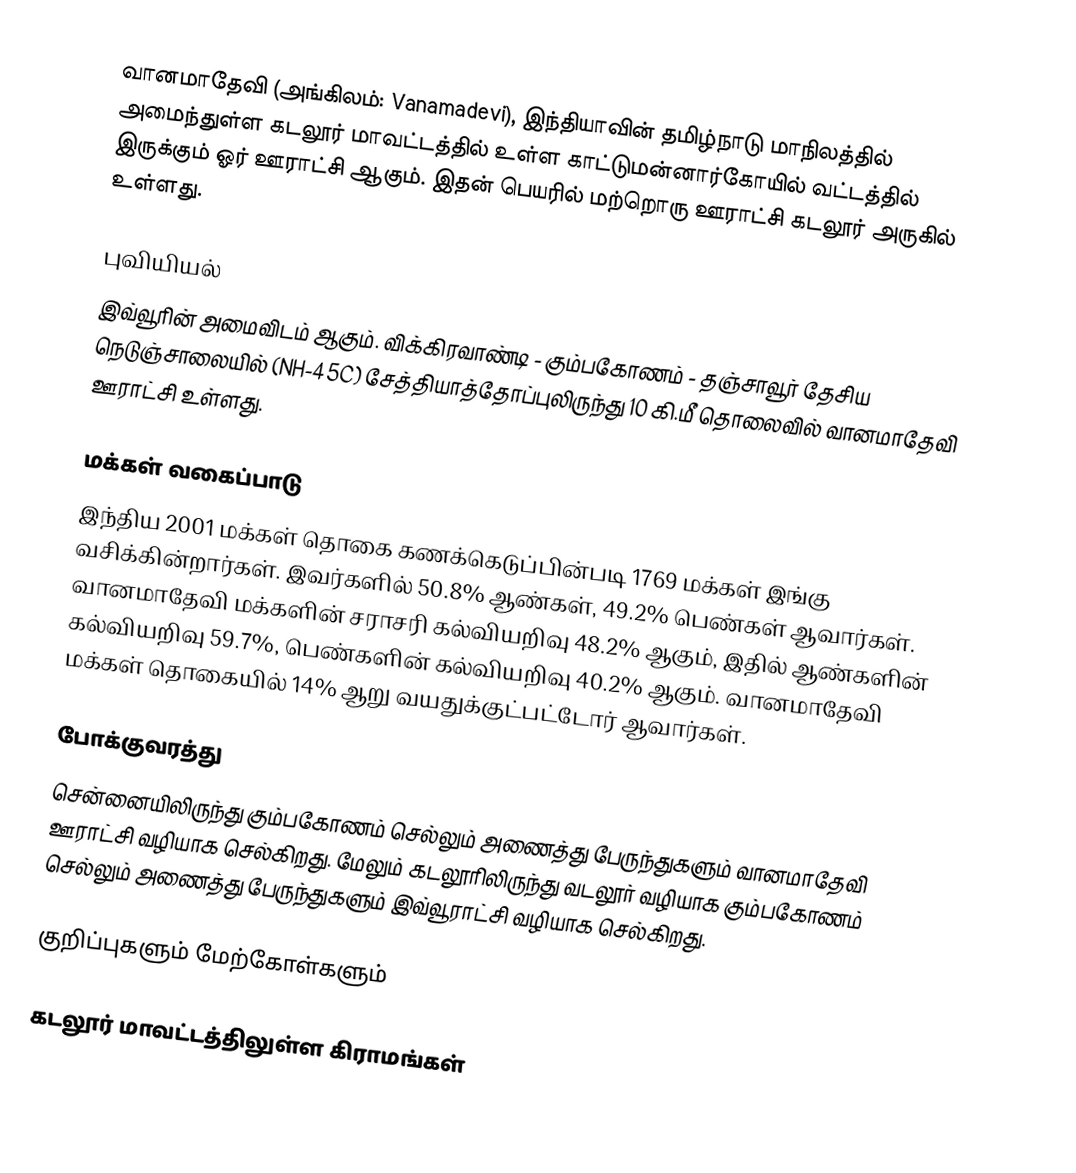
வானமாதேவி (அங்கிலம்: Vanamadevi), இந்தியாவின் தமிழ்நாடு மாநிலத்தில் அமைந்துள்ள கடலூர்  மாவட்டத்தில் உள்ள காட்டுமன்னார்கோயில்  வட்டத்தில் இருக்கும் ஓர் ஊராட்சி ஆகும். இதன் பெயரில் மற்றொரு ஊராட்சி கடலூர் அருகில் உள்ளது.

புவியியல்
இவ்வூரின் அமைவிடம்  ஆகும். விக்கிரவாண்டி - கும்பகோணம் - தஞ்சாவூர்  தேசிய நெடுஞ்சாலையில் (NH-45C) சேத்தியாத்தோப்புலிருந்து 10 கி.மீ தொலைவில் வானமாதேவி ஊராட்சி உள்ளது.

மக்கள் வகைப்பாடு
இந்திய 2001 மக்கள் தொகை கணக்கெடுப்பின்படி 1769 மக்கள் இங்கு வசிக்கின்றார்கள். இவர்களில் 50.8% ஆண்கள், 49.2% பெண்கள் ஆவார்கள். வானமாதேவி மக்களின் சராசரி கல்வியறிவு 48.2% ஆகும்,  இதில் ஆண்களின் கல்வியறிவு 59.7%,  பெண்களின் கல்வியறிவு 40.2% ஆகும். வானமாதேவி மக்கள் தொகையில் 14%  ஆறு வயதுக்குட்பட்டோர் ஆவார்கள்.

போக்குவரத்து
சென்னையிலிருந்து கும்பகோணம் செல்லும் அணைத்து  பேருந்துகளும்  வானமாதேவி ஊராட்சி வழியாக செல்கிறது. மேலும் கடலூரிலிருந்து  வடலூர் வழியாக கும்பகோணம் செல்லும் அணைத்து  பேருந்துகளும்  இவ்வூராட்சி வழியாக செல்கிறது.

குறிப்புகளும் மேற்கோள்களும்

கடலூர் மாவட்டத்திலுள்ள கிராமங்கள்